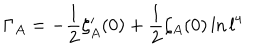
\Gamma _ { A } = - \frac { 1 } { 2 } \zeta _ { A } ^ { \prime } ( 0 ) + \frac { 1 } { 2 } \zeta _ { A } ( 0 ) \ln l ^ { 4 }